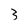
Character: 3